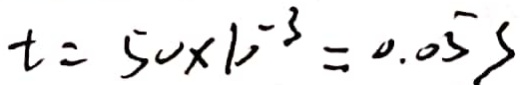
t = 5 0 \times 1 0 ^ { - 3 } = 0 . 0 5 s